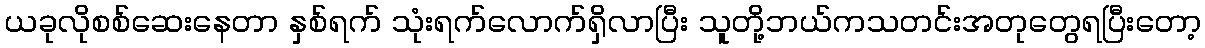
ယခုလိုစစ်ဆေးနေတာ နှစ်ရက် သုံးရက်လောက်ရှိလာပြီး သူတို့ဘယ်ကသတင်းအတုတွေရပြီးတော့